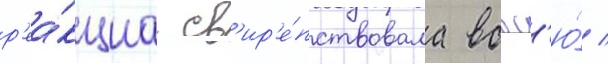
р'еа́кциа св'ир'е́пствовала вовс'ю́ /